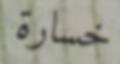
خسارة